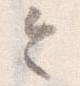
令